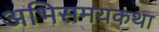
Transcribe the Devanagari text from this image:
अभिसमयकथा